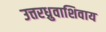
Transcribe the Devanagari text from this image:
उत्तरध्रुवाशिवाय